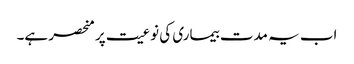
اب یہ مدت بیماری کی نوعیت پر منحصر ہے۔